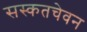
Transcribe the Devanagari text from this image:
सस्कतचेवन